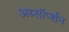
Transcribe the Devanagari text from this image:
अब्सॉर्प्शन